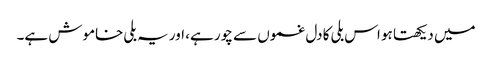
میں دیکھتا ہو اس بلی کا دل غموں سے چور ہے، اور یہ بلی خاموش ہے۔